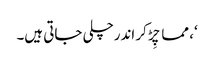
‘، مما چِڑ کر اندرچلی جاتی ہیں۔